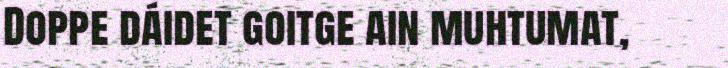
Doppe dáidet goitge ain muhtumat,